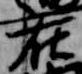
在